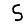
Digit: 5